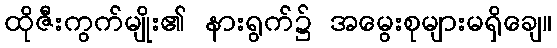
ထိုဇီးကွက်မျိုး၏ နားရွက်၌ အမွေးစုများမရှိချေ။